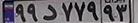
۹۹د۷۷۹۹۳